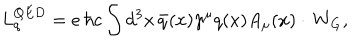
L _ { q } ^ { Q E D } = e \, \hbar c \int d ^ { 3 } x \, \bar { q } ( x ) \gamma ^ { \mu } q ( x ) A _ { \mu } ( x ) \cdot \, W _ { G } ,